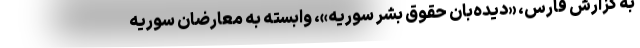
به گزارش فارس، «دیده‌بان حقوق بشر سوریه»، وابسته به معارضان سوریه